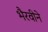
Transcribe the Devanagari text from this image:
भैरवीने